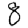
Digit: 8